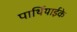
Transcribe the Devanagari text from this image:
पार्थियाईके